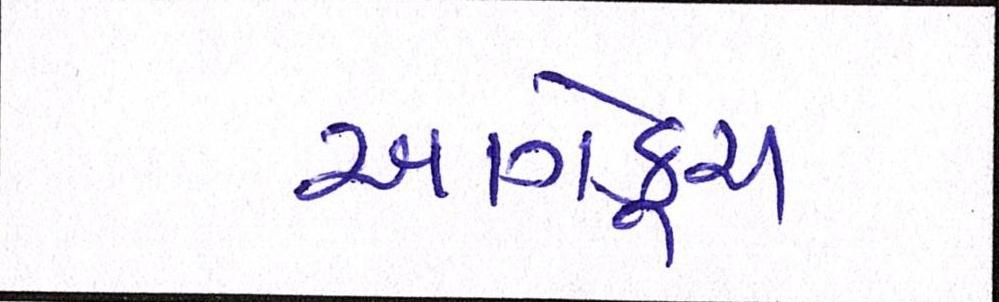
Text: આગેકૂચ